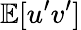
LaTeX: \mathbb{E}[u^{\prime}v^{\prime}]